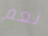
نعم